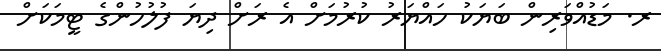
ރ. މަޑުއްވަރިން ބަޔަކު ހައްޔަރު ކުރުމަށް އެ ރަށް ދިޔަ ފުލުހުންގެ ޓީމަކަށް